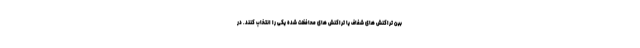
بین تراکنش های شفاف یا تراکنش های محافظت شده یکی را انتخاب کنند. در